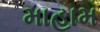
માહામ